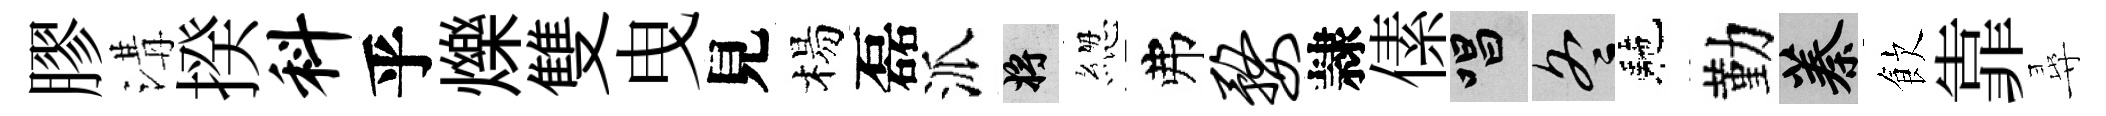
膠溝揆料乎爍雙曳見楊磊派將緫弗婺隷傃唱冬駰勤蓁飲靠尋